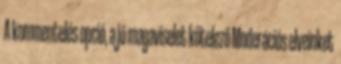
A kommentelés opció, a jó magaviselet kötelező Moderációs elveinket